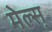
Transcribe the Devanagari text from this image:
मेल्स्